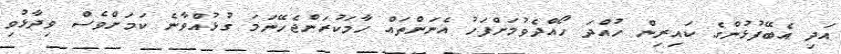
އަދި އެބޭފުޅުންގެ ކައިރިން ހުއްދަ ހޯއްދެވުމަށްފަހު އެނަންތައް ހާމަކުރަންޖެހޭނަމަ ގުޅުއްވާނެ ކަމަށްވެސް ވިދާޅުވި